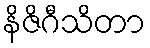
နိဇိဂီသိတာ